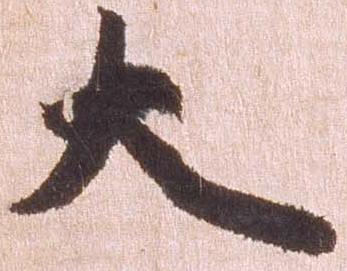
大